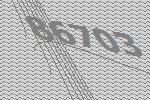
86703